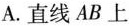
A.直线AB上